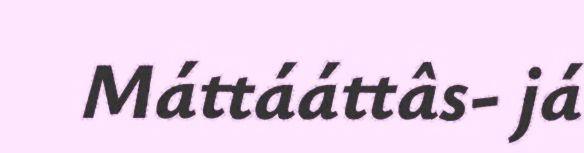
Máttááttâs- já